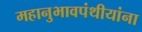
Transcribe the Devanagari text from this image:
महानुभावपंथीयांना